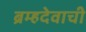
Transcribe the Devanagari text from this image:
ब्रम्हदेवाची